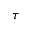
\tau